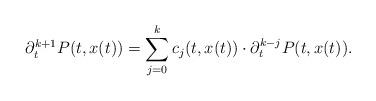
LaTeX: \begin{align*} \partial_t^{k+1} P(t,x(t)) = \sum_{j=0}^k c_j(t,x(t))\cdot \partial_t^{k-j} P(t,x(t)). \end{align*}